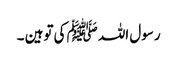
رسول اللہ ﷺ کی توہین ۔